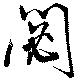
閟